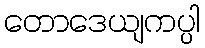
တောဒေယျကပ္ပါ